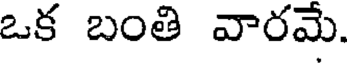
ఒక బంతి వారమే.